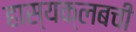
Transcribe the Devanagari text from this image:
हास्यक्लबची